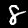
Label: 8